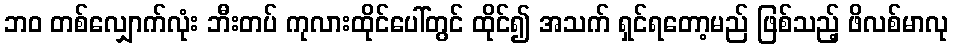
ဘဝ တစ်လျှောက်လုံး ဘီးတပ် ကုလားထိုင်ပေါ်တွင် ထိုင်၍ အသက် ရှင်ရတော့မည် ဖြစ်သည့် ဖိလစ်မာလု